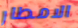
الامطار